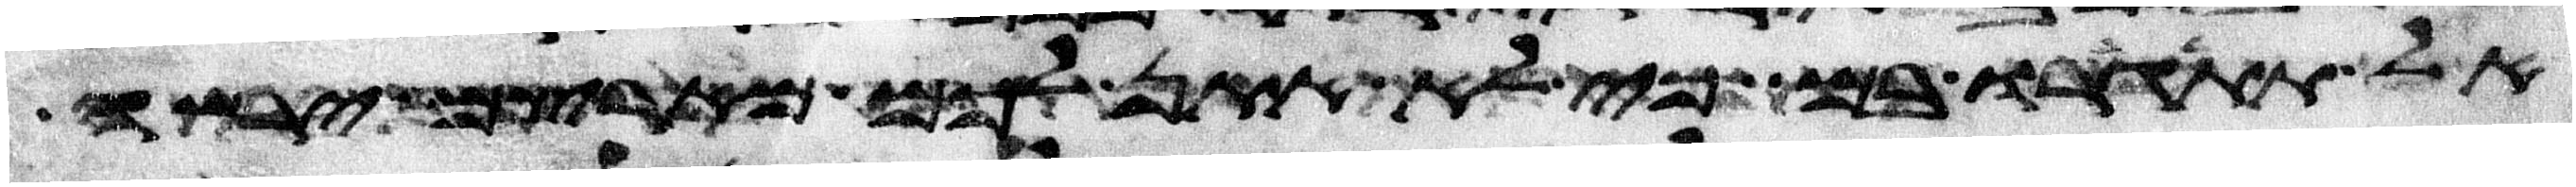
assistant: אל תתגרו בם כי לא אתן לכם מארצם ירשה